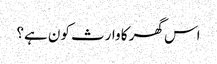
اس گھر کا وارث کون ہے؟